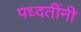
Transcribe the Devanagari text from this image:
पध्दतींनी